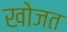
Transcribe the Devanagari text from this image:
खोजत